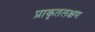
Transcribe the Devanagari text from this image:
प्राकृतलक्षण